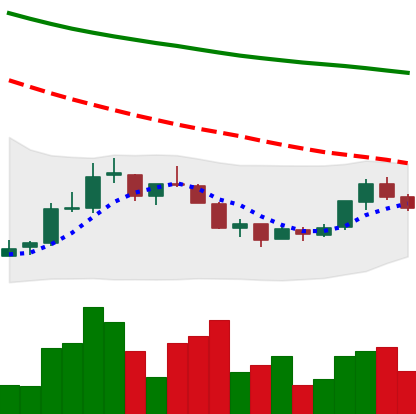
Ticker: NEO-USD
Chart end date: 2018-07-19
Forward return: -5.653%
Label: down_5_7